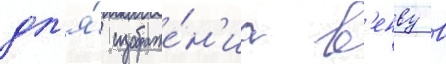
дл'я́ изображе́н'иа в'енву в